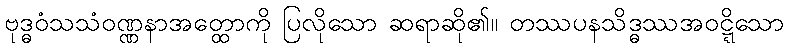
ဗုဒ္ဓဝံသသံဝဏ္ဏနာအတ္ထောကို ပြလိုသော ဆရာဆို၏။ တဿပနသိဒ္ဓဿအဝဋ္ဋိသော